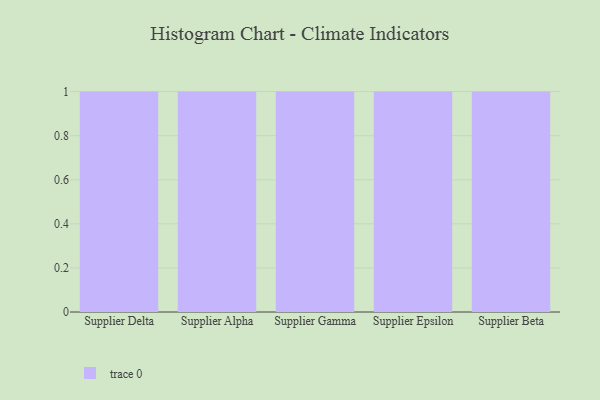
{"axis": {"x": "Supplier", "y": "Bounce Rate (%)"}, "legend": [""], "data": [{"x": "Supplier Delta", "y": 47, "type": ""}, {"x": "Supplier Alpha", "y": 39, "type": ""}, {"x": "Supplier Gamma", "y": 47, "type": ""}, {"x": "Supplier Epsilon", "y": 28, "type": ""}, {"x": "Supplier Beta", "y": 60, "type": ""}]}